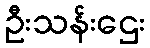
ဦးသန်းဌေး